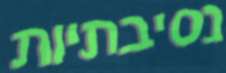
נסיבתיות